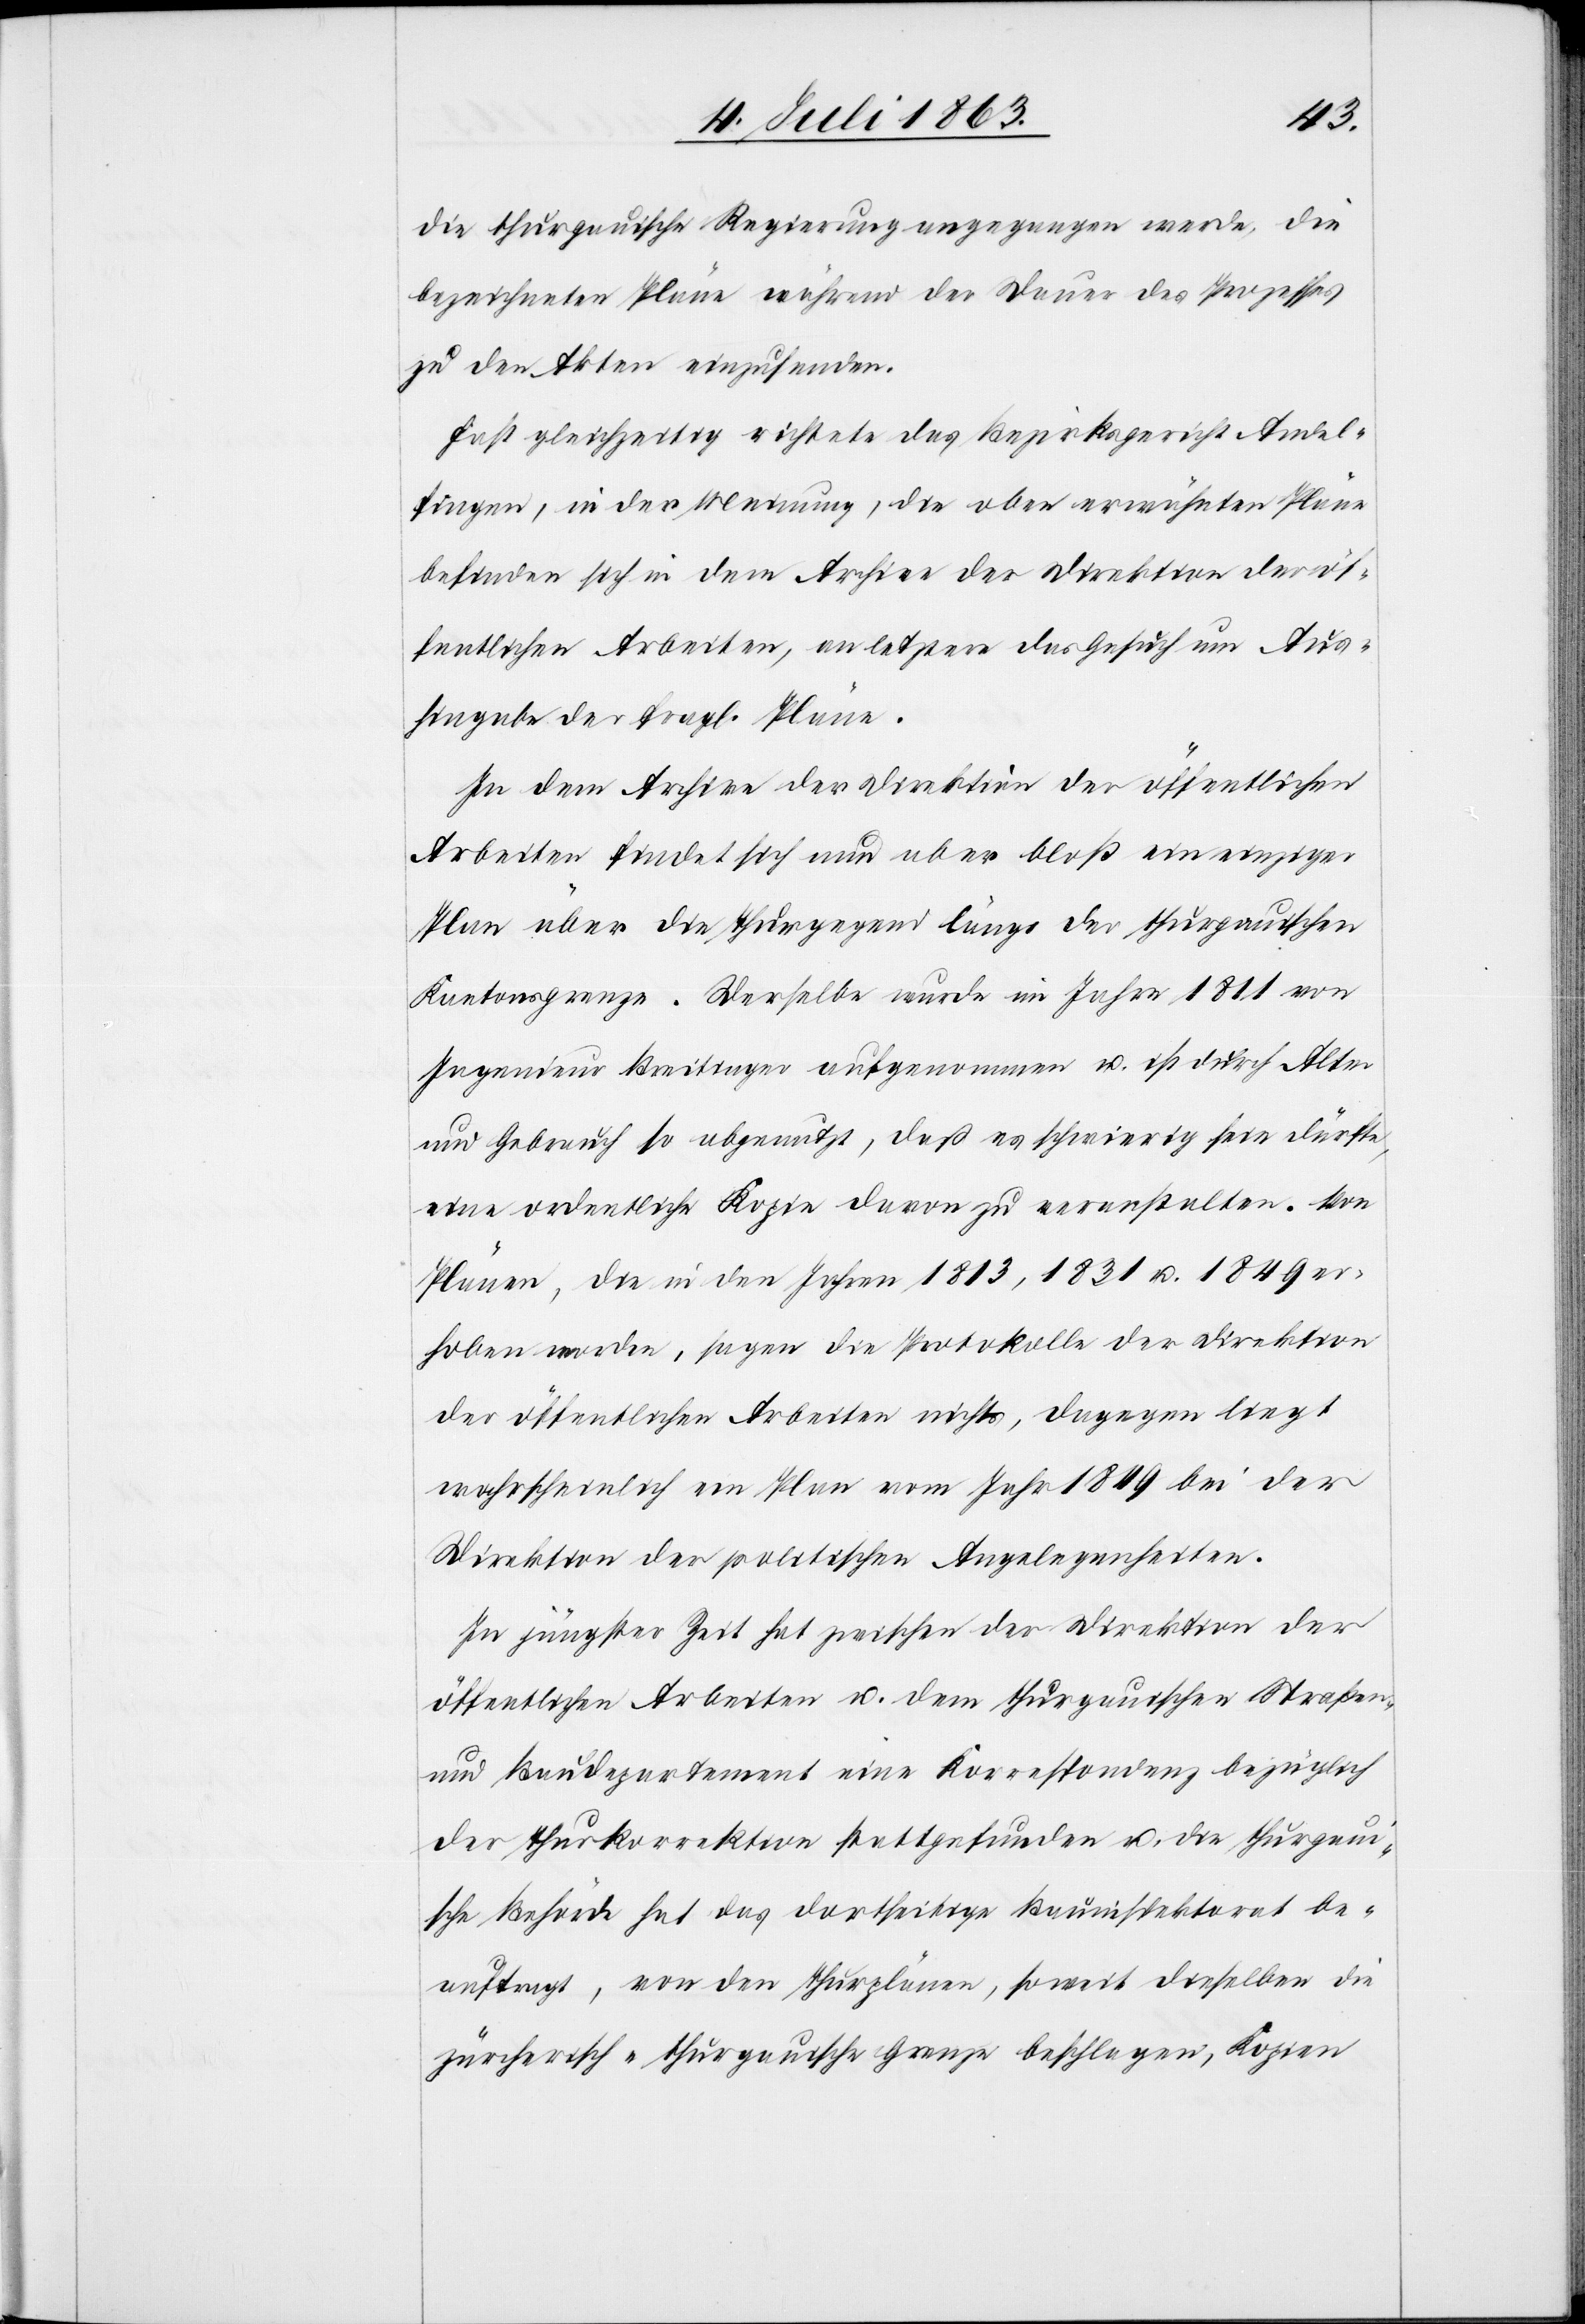
die thurgauische Regierung angegangen werde, die
bezeichneten Pläne während der Dauer des Prozesses
zu den Akten einzusenden.
Fast gleichzeitig richtete das Bezirksgericht Andel¬
fingen, in der Meinung, die oben erwähnten Pläne
befinden sich in dem Archive der Direktion der öf¬
fentlichen Arbeiten, an letztere das Gesuch um Aus¬
hingabe der fragl. Pläne.
In dem Archive der Direktion der öffentlichen
Arbeiten findet sich nun aber bloß ein einziger
Plan über die Thurgegend längs der thurgauischen
Kantonsgrenze. Derselbe wurde im Jahre 1811 von
Ingenieur Breitinger aufgenommen u. ist durch Alter
und Gebrauch so abgenutzt, daß es schwierig sein dürfte,
eine ordentliche Kopie davon zu veranstalten. Von
Plänen, die in den Jahren 1813, 1831 u. 1849 er¬
hoben worden, sagen die Protokolle der Direktion
der öffentlichen Arbeiten nichts, dagegen liegt
wahrscheinlich ein Plan vom Jahr 1849 bei der
Direktion der politischen Angelegenheiten.
In jüngster Zeit hat zwischen der Direktion der
öffentlichen Arbeiten u. dem thurgauischen Straßen-
und Baudepartement eine Korrespondenz bezüglich
der Thurkorrektion stattgefunden u. die thurgaui¬
sche Behörde hat das dortseitige Bauinspektorat be¬
auftragt, von den Thurplänen, soweit dieselben die
zürcherisch-thurgauische Grenze beschlagen, Kopien